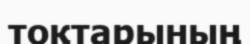
тоқтарының